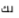
لك